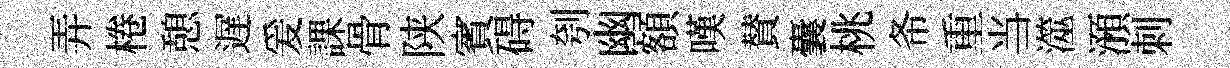
弄棬憩遅爰課骨陕賓碍刳幽額嘆賛囊桃𢁙重当澨澦刺